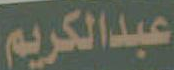
عبدالكريم